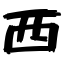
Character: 西